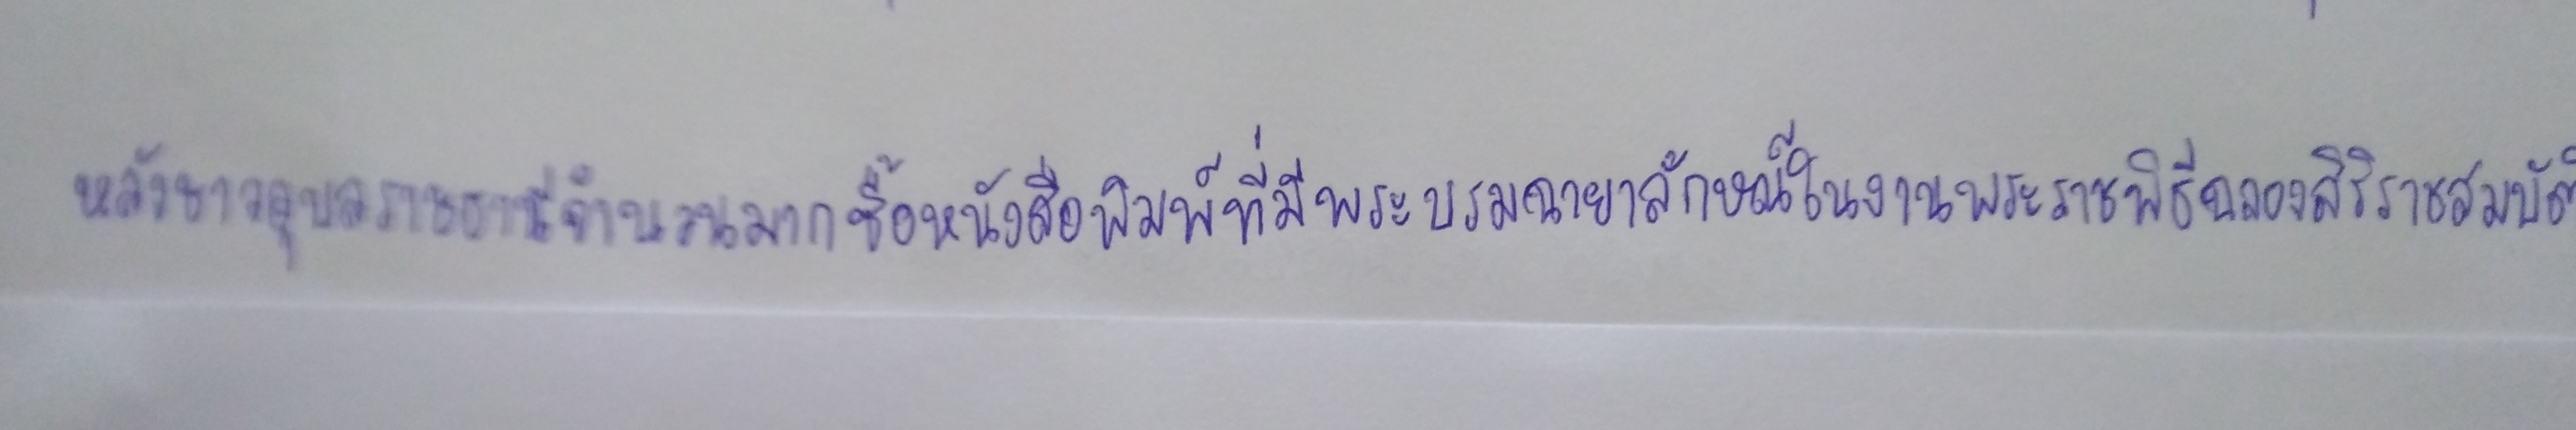
หลังชาวอุบลราชธานีจำนวนมากซื้อหนังสือพิมพ์ที่มีพระบรมฉายาลักษณ์ในงานพระราชพิธีฉลองสิริราชสมบัติ